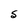
Character: S